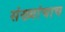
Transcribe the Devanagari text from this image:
संख्यांचाच